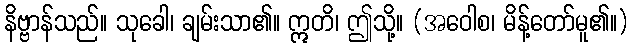
နိဗ္ဗာန်သည်။ သုခေါ၊ ချမ်းသာ၏။ ဣတိ၊ ဤသို့။ (အဝေါစ၊ မိန့်တော်မူ၏။)